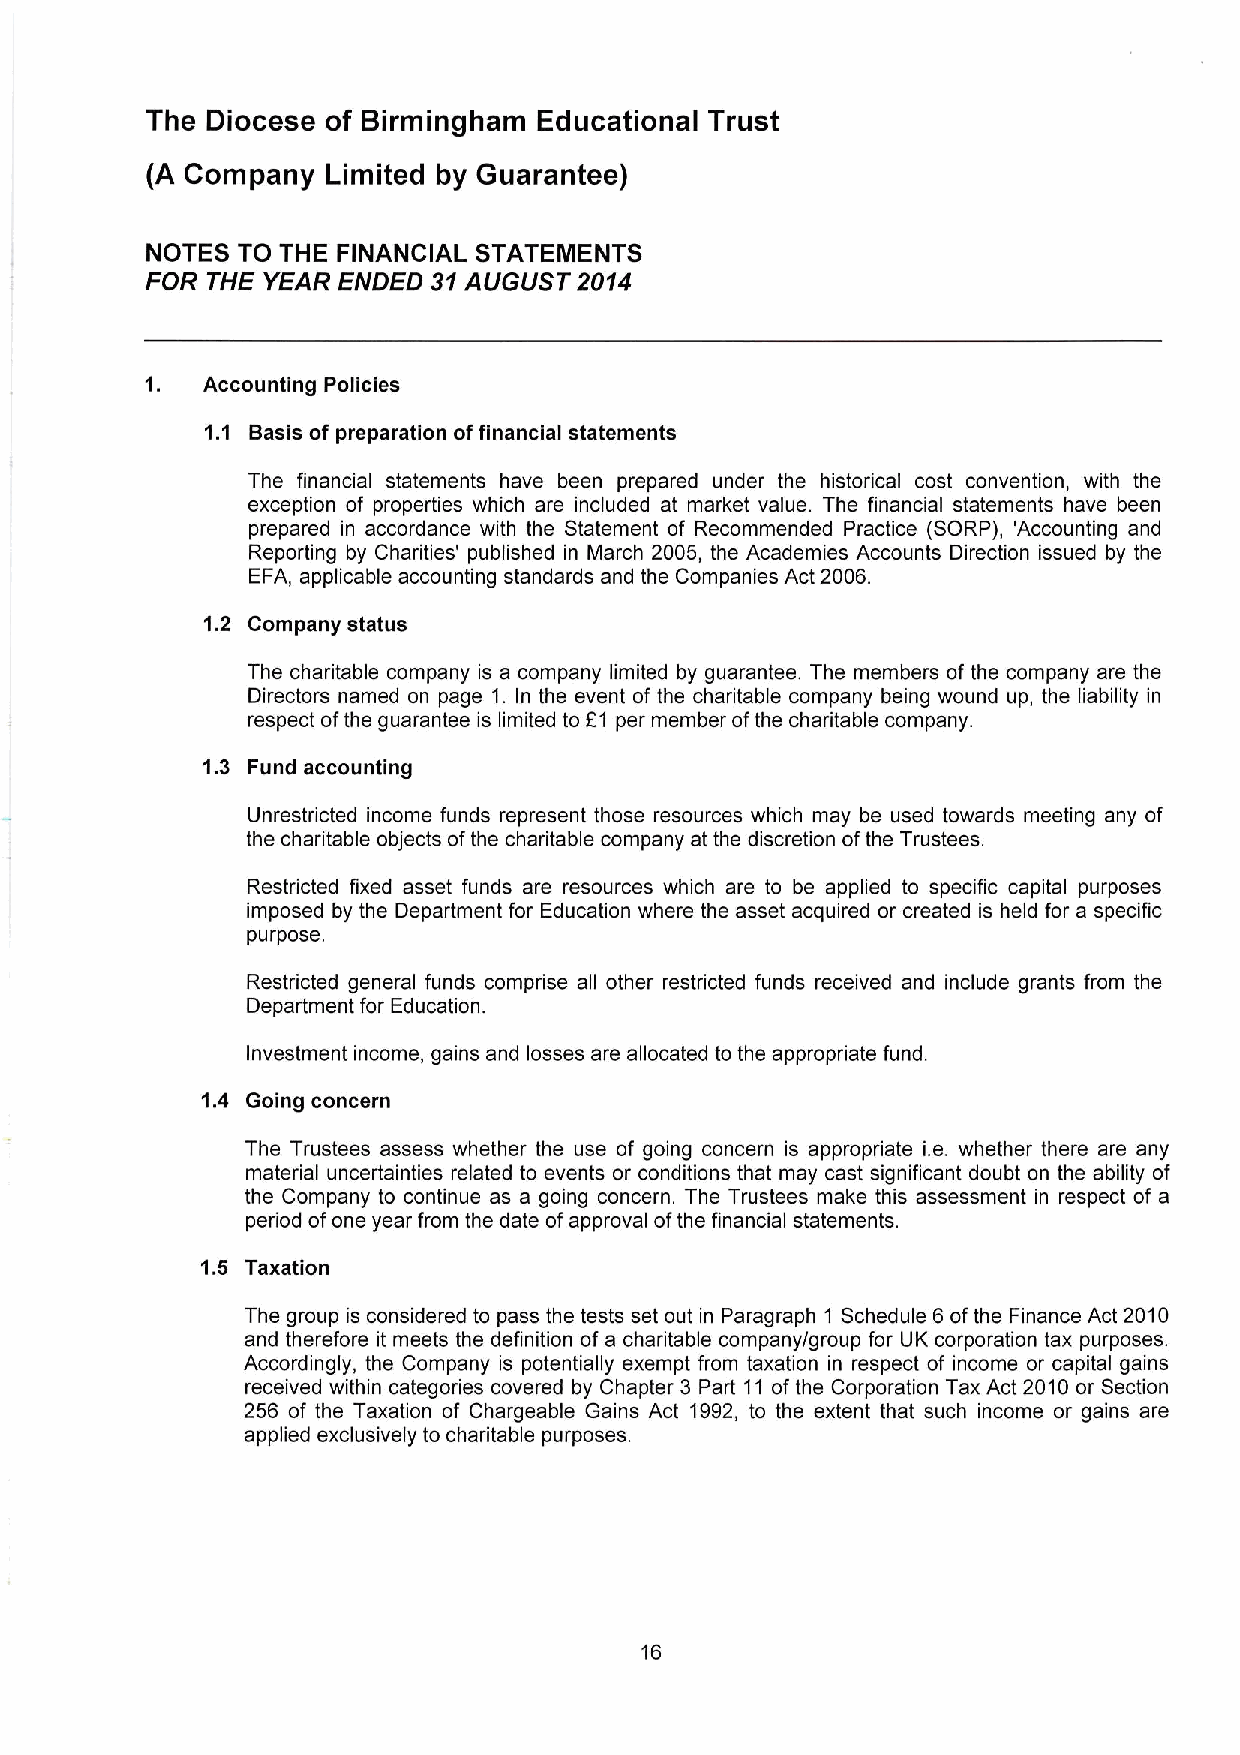
The Diocese of Birmingham Educational Trust
 (A Company  Limited by Guarantee)
 NOTES TO THE FINANCIAL STATEMENTS
 FOR THE YEAR ENDED 31AUGUST 2014
 Accounting Policies
 1. 1 Basis of preparation offinancial statements
 The financial statements have been prepared under the historical cost convention, with the
 exception of properties which are included at market value. The financial statements have been
 prepared in accordance with the Statement of Recommended Practice (SORP), 'Accounting and
 Reporting by Charities' published in March 2005, the Academies Accounts Direction issued by the
 EFA, applicable accounting standards and the Companies Act 2006.
 1.2 Company status
 The charitable company is a company limited by guarantee. The members of the company are the
 Directors named on page 1. In the event of the charitable company being wound up, the liability in
 respect ofthe guarantee is limited to F1 per member ofthe charitable company.
 1.3 Fund accounting
 Unrestricted income funds represent those resources which may be used towards meeting any of
 the charitable objects ofthe charitable company at the discretion ofthe Trustees.
 Restricted fixed asset funds are resources which are to be applied to specific capital purposes
 imposed by the Department for Education where the asset acquired or created is held for a specific
 purpose.
 Restricted general funds comprise all other restricted funds received and include grants from the
 Department for Education.
 Investment income, gains and losses are allocated to the appropriate fund.
 1.4 Going concern
 The Trustees assess whether the use of going concern is appropriate i.e. whether there are any
 material uncertainties related to events or conditions that may cast significant doubt on the ability of
 the Company to continue as a going concern. The Trustees make this assessment in respect of a
 period ofone year from the date ofapproval ofthe financial statements.
 1.5 Taxation
 The group is considered to pass the tests set out in Paragraph 1 Schedule 6 ofthe Finance Act 2010
 and therefore it meets the definition of a charitable company/group for UK corporation tax purposes.
 Accordingly, the Company is potentially exempt from taxation in respect of income or capital gains
 received within categories covered by Chapter 3 Part 11 of the Corporation Tax Act 2010 or Section
 256 of the Taxation of Chargeable Gains Act 1992, to the extent that such income or gains are
 applied exclusively to charitable purposes.
 16